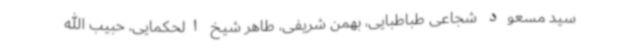
سید مسعود شجاعی طباطبایی، بهمن شریفی، طاهر شیخ الحکمایی، حبیب الله